Report on sanitation, dispensaries, and jails in Rajputana for 1912, and on vaccination for the year 1912-1913 - 1912-1913
Year: 1912
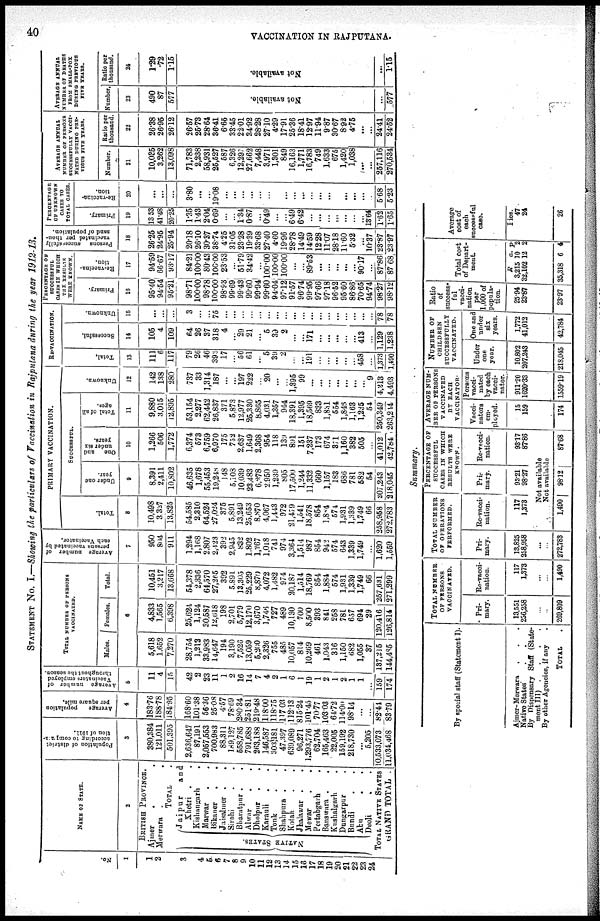
40
VACCINATION IN RAJPUTANA.
STATEMENT No. I.—Showing the particulars of Vaccination in Rajputana during the year 1912-13.
No.
1
1
2
3
4
5
6
7
8
9
10
11
12
13
14
15
16
17
18
19
20
21
22
23
24
NAME OF STATE.
2
BRITISH PROVINCE.
Ajmer
. .
Merwara . .
TOTAL .
NATIVE STATES.
Jaipur
and
Khetri . .
Kishangarh .
Marwar . .
Bikaner
.
.
Jaisalmer .
.
Sirohi . .
Bharatpur . .
Alwar
.
.
Dholpur . .
Karauli . .
Tonk . .
Shahpura . .
Kotah . .
Jhalawar . .
Mewar . .
Pertabgarh
Banswara .
Kushalgarh .
Dungarpur .
Bundi . .
Abu . .
Deoli . .
TOTAL NATIVE STATES
GRAND TOTAL .
Population of district
according to computa¬
tion of 1911.
3
380,384
121,011
501,395
2,636,647
87,191
2,057,553
700,983
88,311
189,127
558,785
791,688
263,188
146,587
303,181
47,397
639,089
96,271
1,293,776
62,704
165,463
22,005
159,192
218,730
...
5,205
10,533,073
11,034,468
A verage population
per square mile.
4
183.76
188.78
184.95
168.60
101.38
56.36
25.08
4.57
78.69
280.34
251.81
219.48
118.00
118.75
117.03
112.13
815.24
101.45
70.77
103.03
64.72
114.00
98.14
...
...
82.44
83.79
Average number of
Vaccinators employed
throughout the season.
5
11
4
15
42
2
23
11
1
2
16
14
7
4
2
1
6
1
19
1
2
1
2
1
1
... 159
174
TOTAL NUMBER OF PERSONS
VACCINATED.
Males.
Females
Total.
6
5,618
1,652
7,270
28,754
1,212
33,983
14,647
194
3,190
7,526
13,059
5,200
2,326
755
485
10,057
814
10,269
461
1,043
316
1,150
682
1,055
37
137,215
144,485
4,833
1,565
6,398
25,624
1,124
30,587
12,618
198
2,701
5,779
12,170
3,670
1,746
727
489
10,130
700
8,500
393
841
258
781
657
694
29
120,416
126,814
10,451
3,217
13,668
54,378
2,336
64,570
27,265
392
5,891
13,305
25,229
8,870
4,072
l,482
974
20,187
1,514
18,769
854
1,884
574
1,931
1,339
1,749
66
257,631
271,299
Average number of
persons vaccinated by
each Vaccinator.
7
950
804
911
1,294
1,168
2,807
2,423
392
2,945
832
1,802
1,267
1,018
741
971
3,364
1,514
987
854
942
574
643
1,339
1,749
...
1,620
1,559
PRIMARY VACCINATION.
Total.
8
10,498
3,327
13,825
54,585
2,310
64,524
27,024
375
5,891
13,249
25,653
8,870
4,067
1,443
972
21,479
1,541
18,578
854
1,884
574
1,931
1,339
1,749
66
258,958
272,783
SUCCESSFUL.
Under one
year.
9
8,391
2,411
10,802
46,635
1,678
55,453
19,248
148
5,103
10,039
23,483
6,278
2,950
1,239
805
17,509
1,244
11,332
660
1,157
183
686
781
582
54
207,243
218,045
One
and
under six
years.
10
1,266
506
1,772
6,374
573
6,759
6,970
175
752
2,637
1,649
2,368
954
118
139
891
151
7,237
173
674
371
1,160
382
505
...
41,012
42,784
Total of all
ages.
11
9,880
3,0215
12,895
53,154
2,277
62,442
26,837
371
5,873
12,977
25,330
8,865
4,031
1,357
944
18,391
1,395
18,569
833
1,831
554
1,846
1,163
1,235
54
250,349
263,244
Unknown.
12
142
138
280
737
33
1,314
187
...
...
197
222
...
20
...
...
1,395
99
...
...
...
...
...
...
...
9
4,213
4,493
RE-VACCINATION.
Total.
13
111
6
117
79
26
46
393
17
...
56
61
...
5
39
2
...
...
191
...
...
...
...
...
458
...
1,373
1,490
Successful.
14
105
4
109
64
26
37
318
4
...
29
21
...
5
39
2
...
...
171
...
...
...
...
...
413
...
1,129
1,238
Unknown.
15
...
...
...
3
...
...
75
...
...
...
...
...
...
...
...
...
...
...
...
...
...
...
...
...
...
78
78
PERCENTAGE OF
SUCCESSFUL
CASES IN WHICH
THE RESULTS
WERE KNOWN.
Primary.
16
95.40
94.54
95.21
98.71
100.00
98.78
100.00
98.93
99.69
99.43
99.60
99.94
99.60
94.04
97.12
91.57
96.74
99.95
97.66
97.18
96.52
95.60
86.86
70.65
94.74
98.27
98.12
Re-vaccina-
tion.
17
I
94.59
66.67
93.17
84.21
100.00
80.43
100.00
23.53
...
51.79
34.42
...
100.00
100.00
100.00
...
...
89.63
...
...
...
...
...
90.17
...
87.86
87.68
Persons
successfully
vaccinated per thou-
sand of population.
18
26.25
24.95
25.94
20.18
26.10
30.37
38.74
4.25
31.05
23.28
19.39
33.68
27.40
4.60
19.96
28.78
14.49
14.59
12.28
11.07
28.18
11.60
5.32
...
10.37
23.87
23.97
PERCENTAGE
OF UNKNOWN
CASES TO
TOTAL CASES.
Primary.
19
13.53
41.48
20.25
1.35
1.43
2.04
0.69
...
...
1.34
0.87
...
0.49
...
...
6.49
6.42
...
...
...
...
...
...
...
13.64
1.62
1.65
Re-vaccina-
tion.
20
...
...
...
3.80
...
...
19.08
...
...
...
...
...
...
...
...
...
...
...
...
...
...
...
...
...
5.68
5.23
AVERAGE ANNUAL
NUMBER OF PERSONS
SUCCESSFULLY VACCI¬
NATED DURING PRE¬
VIOUS FIVE YEARS.
Number.
21
10,035
3,262
13,098
71,783
2,238
58,931
25,527
587
6,326
12,297
27,662
7,448
3,971
1,301
849
36,163
1,771
16,783
749
1,633
675
1,420
1,038
...
...
257,116
270,534
Ratio per
thousand.
22
26.38
26.95
26.12
26.57
25.73
28.64
36.41
6.65
33.45
22.01
34.92
28.28
27.10
4.29
17.91
25.36
18.41
12.97
11.94
9.87
30.67
8.92
4.75
...
...
24.41
24.52
AVERAGE ANNUAL
NUMBER OF DEATHS
FROM SMALL-POX
DURING PERVIOUS
FIVE YEARS.
Number.
23
490
87
577
Not available.
...
577
Ratio per
thousand.
24
1.29
.72
1.15
Not available.
...
1.15
Summary.
By special staff (Statement I).
Ajmer-Merwara . . .
Native States . . .
By Dispensary Staff (State-
ment III) .
.
.
.
By other Agencies, if any
TOTAL .
TOTAL NUMBER
OF PERSONS
VACCINATED.
Pri-
mary.
13,551
256,258
...
...
269,809
Re-vacci¬
nation.
117
1,373
...
...
1,490
TOTAL NUMBER
OF OPERATIONS
PERFORMED.
Pri-
mary.
13,825
258,958
...
...
272,783
Re-vacci¬
nation.
117
1,373
PERCENTAGE OF
SUCCESSFUL
CASES IN WHICH
RESULTS WERE
KNOWN.
Pri¬
mary.
95.21
98.27
Re-vacci¬
nation.
93.17
87.86
Not available
Not available
1,490
98.12
87.68
AVERAGE NUM-
BER OF PERSONS
VACCINATED
BY EACH
VACCINATOR.
Vacci¬
nators
em-
ployed.
15
159
174
Persons
vacci-
nated
by each
vacci¬
nator.
911.20
1620.33
1559.19
NUMBER OF
CHILDREN
SUCCESSFULLY
VACCINATED.
Under
one
year.
10,802
207,243
218,045
One and
under
six
years.
1,772
41,012
42,784
Ratio
of
success-
ful
vacci-
nation
per
1,000 of
popula-
tion.
25.94
23.87
23.97
Total cost
of Depart-
ment.
R
3,215
32,102
a.
10
12
p.
2
2
35,318 6 4
Average
cost of
each
successful
case.
Pies.
47
24
26